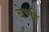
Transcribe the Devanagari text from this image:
बेत्ती